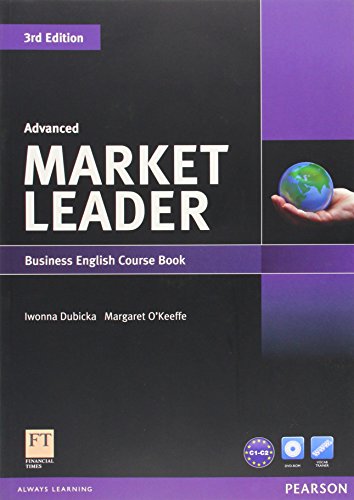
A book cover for Market Leader 5 Advanced Coursebook with Self-Study CD-ROM and Audio CD (3rd Edition); Iwonna Dubicka; Test Preparation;